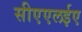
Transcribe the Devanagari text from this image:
सीएएलईए